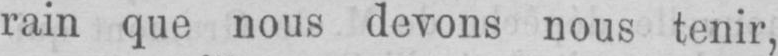
rain que nous devons nous tenir,